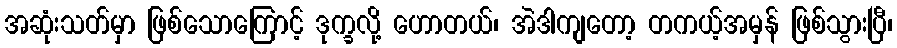
အဆုံးသတ်မှာ ဖြစ်သောကြောင့် ဒုက္ခလို့ ဟောတယ်၊ အဲဒါကျတော့ တကယ့်အမှန် ဖြစ်သွားပြီ၊